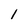
Character: 1